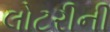
લોટરીની